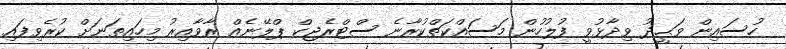
ހުސައިން ވަޙީދު ވިދާޅުވީ ފުލުހުން މަސައްކަތްކުރާނެ ސްޓްރެޖިކް ޕްލޭނެއް ރާވާއިރު މިހައިތަނަށް ކުރެވިފައި